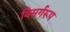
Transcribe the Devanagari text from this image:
विसर्गरूप